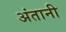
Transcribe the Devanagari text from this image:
अंतानी